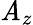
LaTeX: \mathit{A}_{z}